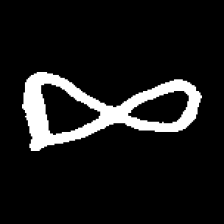
Pyu character \u2014 Myanmar letter: ဆ (romanized: cha)